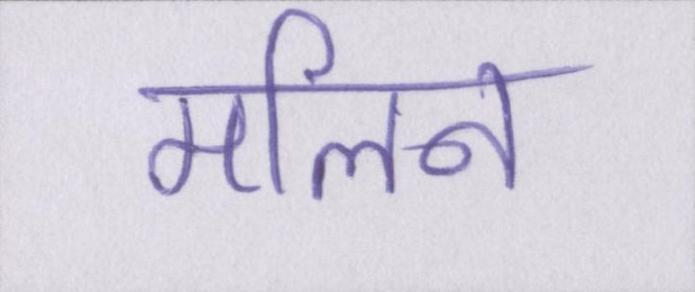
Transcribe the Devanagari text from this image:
मलिन